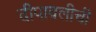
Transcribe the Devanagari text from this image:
दीपावलीची